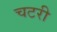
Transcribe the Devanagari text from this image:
चटरी